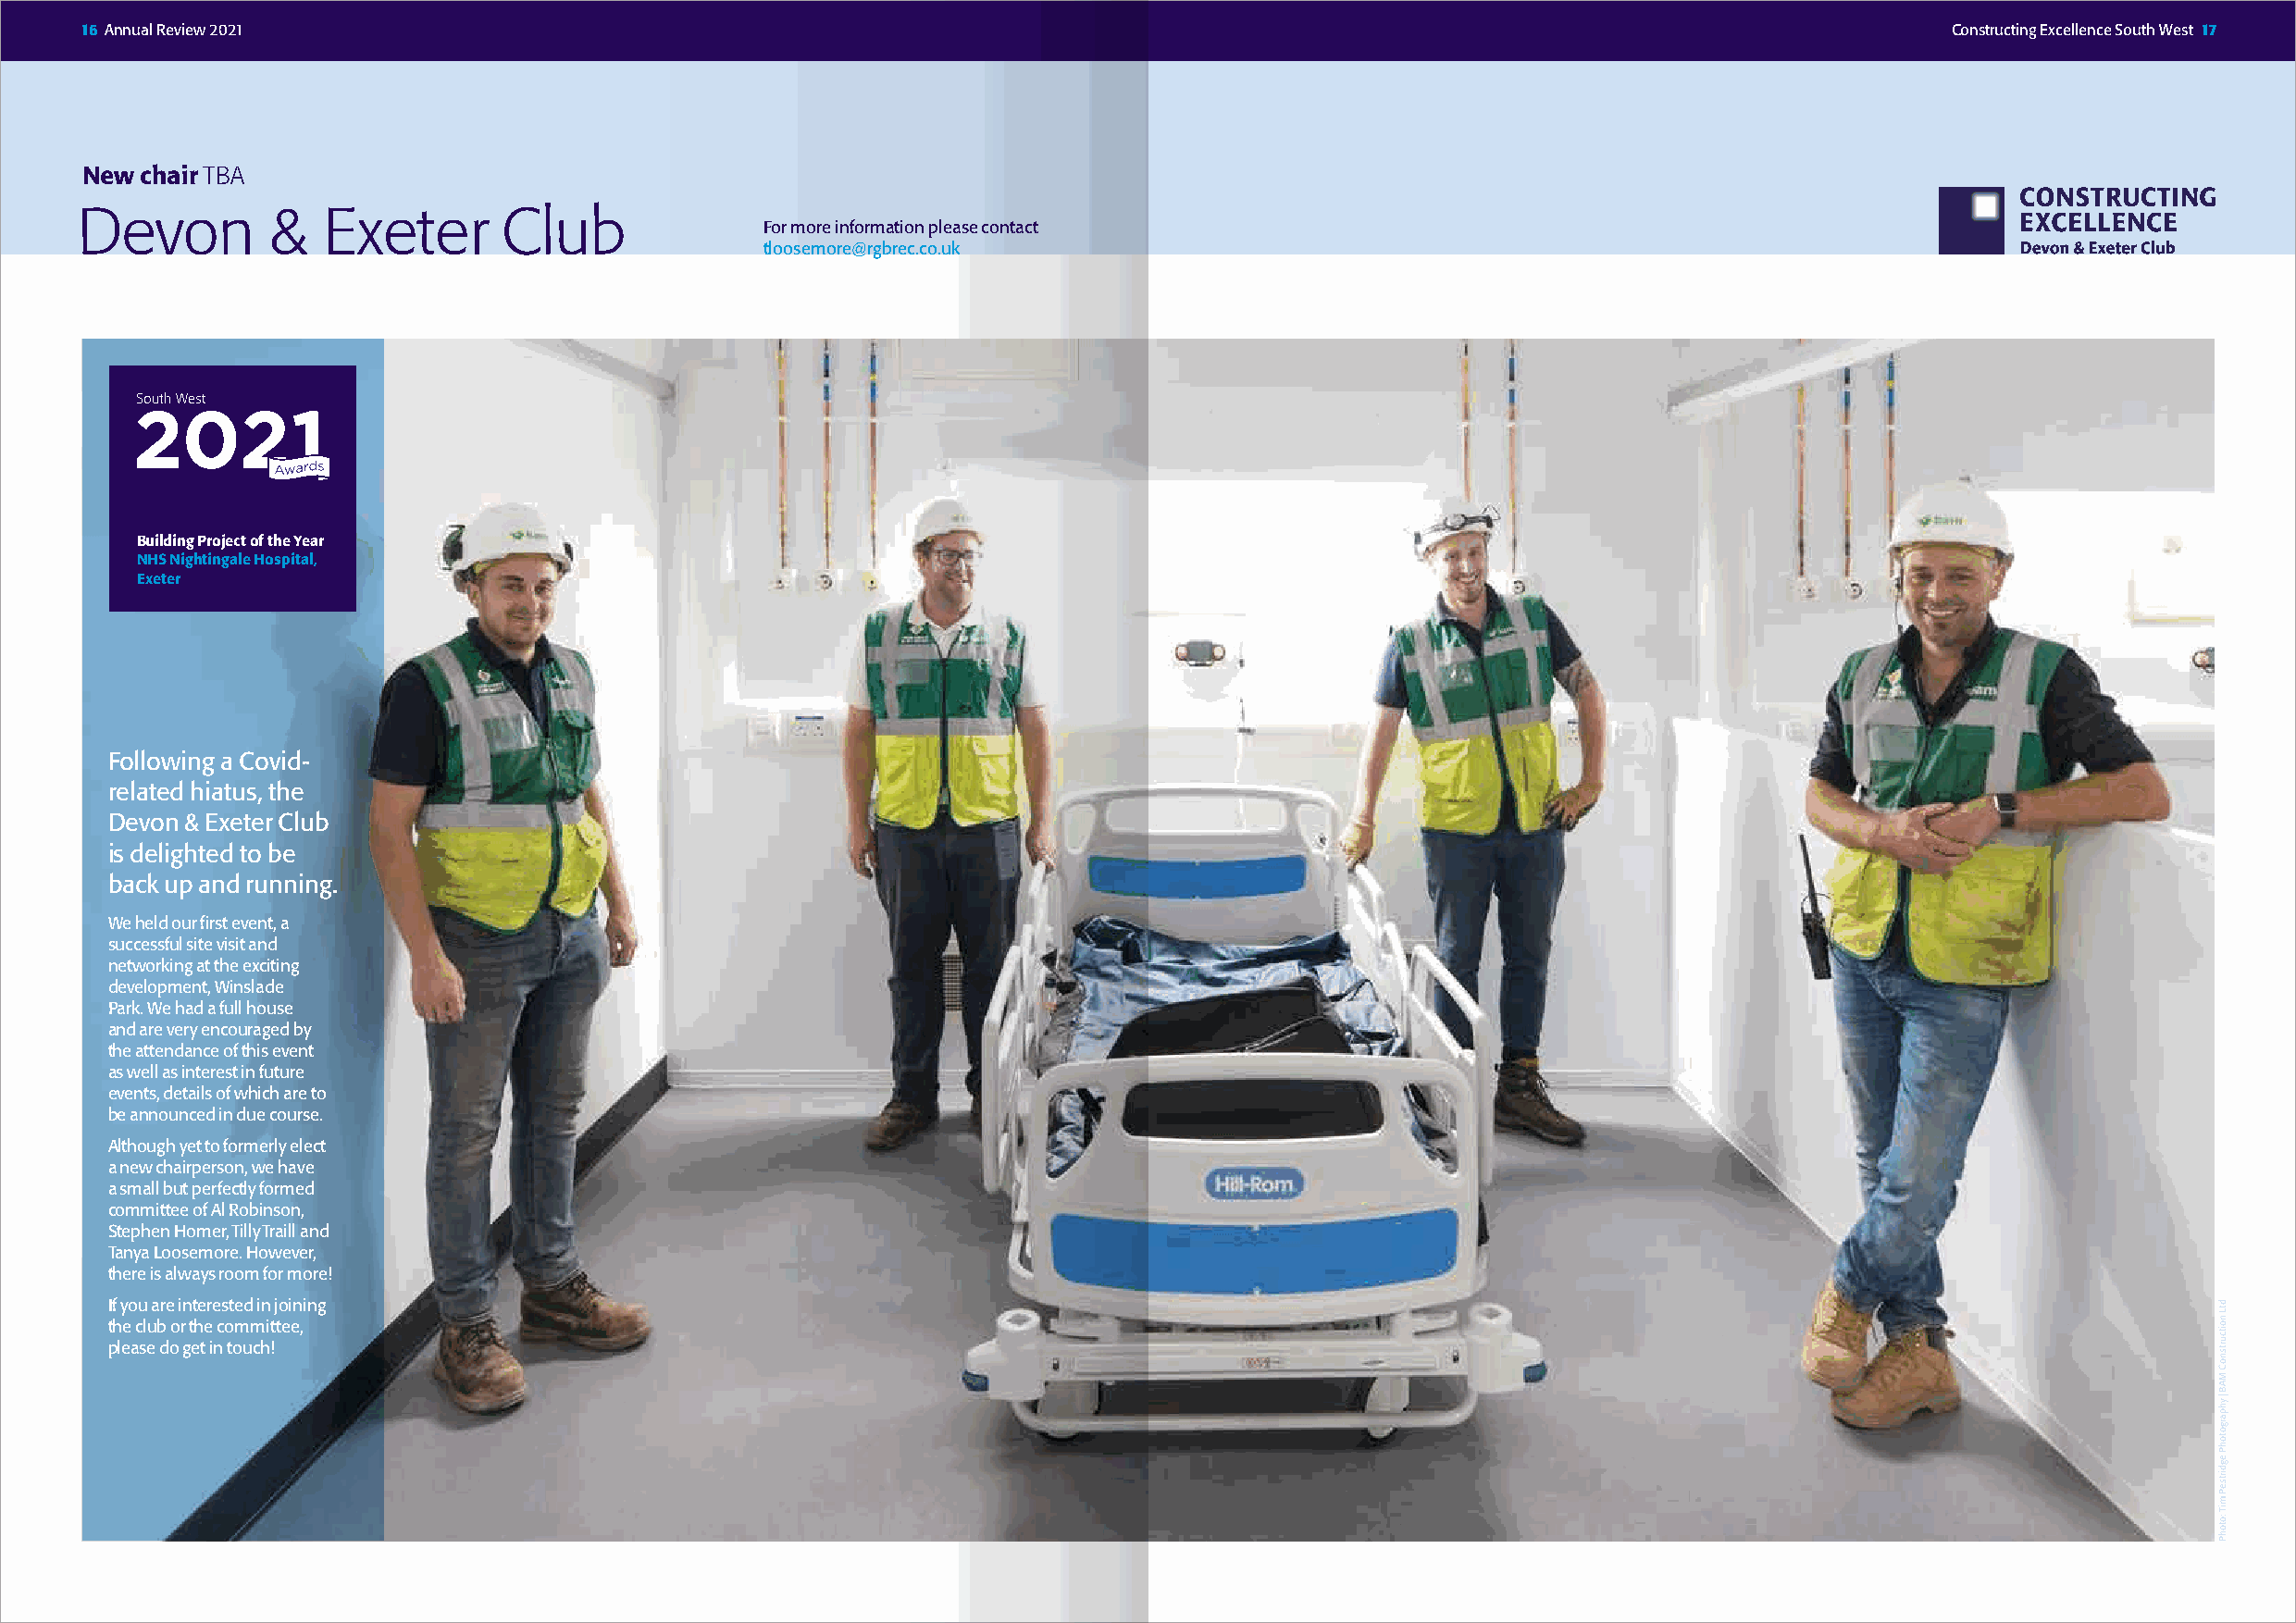
16 Annual Review 2021                                                                                                                 Constructing Excellence South West 17
 New chair TBA
 Devon        &   Exeter       Club
 For more information please contact
 tloosemore@rgbrec.co.uk
 Building Project of the Year
 NHS Nightingale Hospital,
 Exeter
 Following a Covid-
 related hiatus, the
 Devon & Exeter Club
 is delighted to be
 back up and running.
 We held our first event, a
 successful site visit and
 networking at the exciting
 development, Winslade
 Park. We had a full house
 and are very encouraged by
 the attendance of this event
 as well as interest in future
 events, details of which are to
 be announced in due course.
 Although yet to formerly elect
 a new chairperson, we have
 a small but perfectly formed
 committee of Al Robinson,
 Stephen Homer, Tilly Traill and
 Tanya Loosemore. However,
 there is always room for more!
 If you are interested in joining
 the club or the committee,
 please do get in touch!
 dtL
 noitcurtsnoC
 MAB
 | yhpargotohP
 egdirtseP
 miT
 :otohP